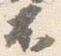
不